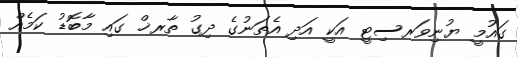
ގައުމީ ޔުނިވަރސިޓީ އަކީ އަދި އެތަނުގެ ދިގު ތާރޚް ގައި މާބޮޑު ކަމެއް